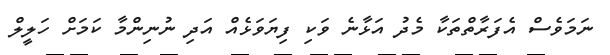
ނަމަވެސް އެފަރާތްތަކާ މެދު އަޅާނެ ވަކި ފިޔަވަޅެއް އަދި ނުނިންމާ ކަމަށް ހަލީލް